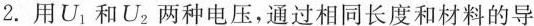
2.用U_{1}和U_{2}两种电压，通过相同长度和材料的导